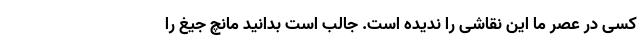
کسی در عصر ما این نقاشی را ندیده است. جالب است بدانید مانچ جیغ را